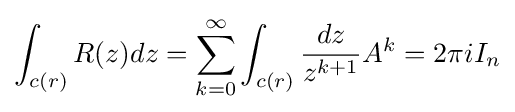
\int _{c(r)}R(z)dz=\sum _{k=0}^{\infty }\int _{c(r)}{\frac {dz}{z^{k+1}}}A^{k}=2\pi iI_{n}